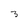
Character: 3